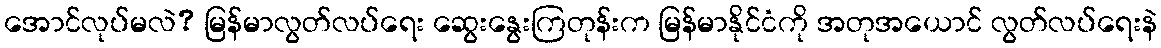
အောင်လုပ်မလဲ? မြန်မာလွတ်လပ်ရေး ဆွေးနွေးကြတုန်းက မြန်မာနိုင်ငံကို အတုအယောင် လွတ်လပ်ရေးနဲ